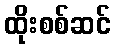
ထိုးစစ်ဆင်